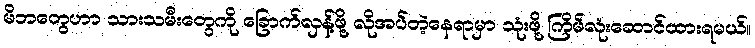
မိဘတွေဟာ သားသမီးတွေကို ခြောက်လှန့်ဖို့ လိုအပ်တဲ့နေရာမှာ သုံးဖို့ ကြိမ်လုံးဆောင်ထားရမယ်။